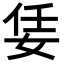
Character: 𡜟